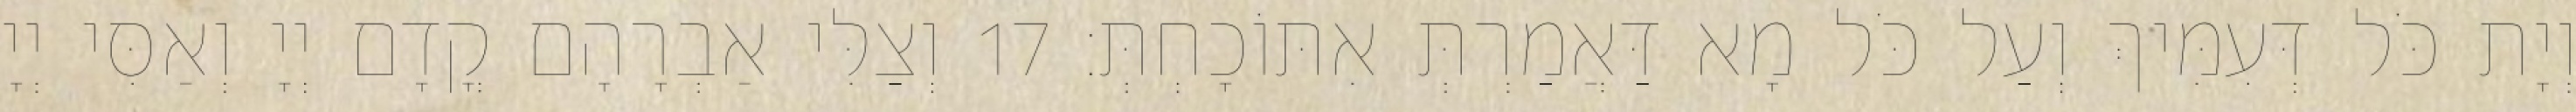
וְיָת כֹּל דְּעִמִּיךְ וְעַל כֹּל מָא דַּאֲמַרְתְּ אִתּוֹכָחְתְּ׃ 17 וְצַלִּי אַבְרָהָם קֳדָם יְיָ וְאַסִּי יְיָ